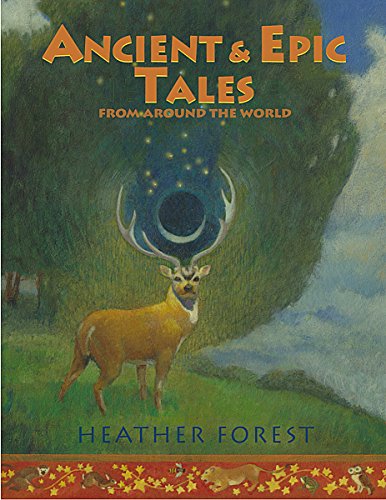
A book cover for Ancient and Epic Tales: From Around the World; Heather Forest; Children's Books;